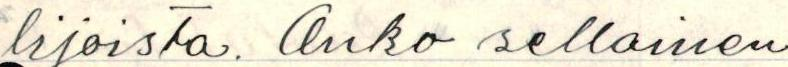
lijoista. Onko sellainen